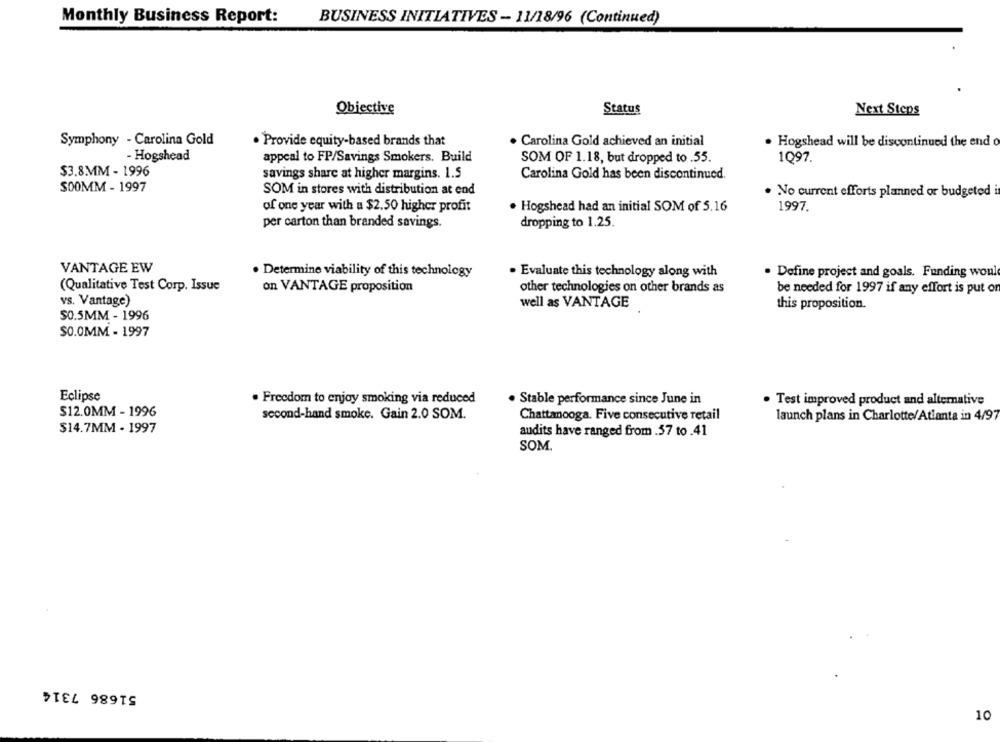
Monthly Business Report:
BUSINESS INITIATIVES - 11/18/96 (Continued)
Obiective
Status
Next Steps
Symphony - Carolina Gold
. Provide equity-based brands that
. Carolina Gold achieved an initial
. Hogshead will be discontinued the end o
- Hogshead
appeal to FP/Savings Smokers. Build
SOM OF 1.18, but dropped to .55.
1Q97.
$3.8MM - 1996
savings share at higher margins. 1.5
Carolina Gold has been discontinued.
$00MM - 1997
SOM in stores with distribution at end
. No current efforts planned or budgeted i
of one year with a $2.50 higher profit
. Hogshead had an initial SOM of 5.16
1997.
per carton than branded savings.
dropping to 1.25.
VANTAGE EW
. Determine viability of this technology
. Evaluate this technology along with
. Define project and goals. Funding would
(Qualitative Test Corp. Issue
on VANTAGE proposition
other technologies on other brands as
be needed for 1997 if any effort is put on
vs. Vantage)
well as VANTAGE
this proposition.
$0.5MM - 1996
$0.0MM - 1997
Eclipse
. Freedom to enjoy smoking via reduced
. Stable performance since June in
. Test improved product and alternative
$12.0MM - 1996
second-hand smoke. Gain 2.0 SOM.
Chattanooga. Five consecutive retail
launch plans in Charlotte/Atlanta in 4/97
$14.7MM - 1997
audits have ranged from .57 to .41
SOM.
51686 7314
10